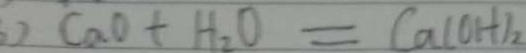
C a O + H _ { 2 } O = C a ( O H ) _ { 2 }